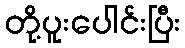
တို့ပူးပေါင်းပြီး